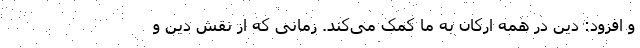
و افزود: دین در همه ارکان به ما کمک می‌کند. زمانی که از نقش دین و